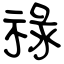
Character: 祿